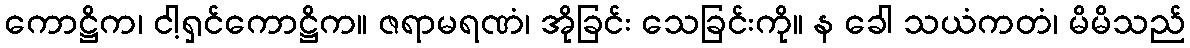
ကောဋ္ဌိက၊ ငါ့ရှင်ကောဋ္ဌိက။ ဇရာမရဏံ၊ အိုခြင်း သေခြင်းကို။ န ခေါ သယံကတံ၊ မိမိသည်